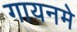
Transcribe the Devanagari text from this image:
गायनमे